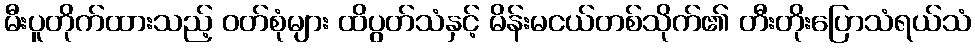
မီးပူတိုက်ထားသည့် ဝတ်စုံများ ထိပွတ်သံနှင့် မိန်းမငယ်တစ်သိုက်၏ တီးတိုးပြောသံရယ်သံ